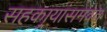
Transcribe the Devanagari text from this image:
सहकार्‍यांसमवेत